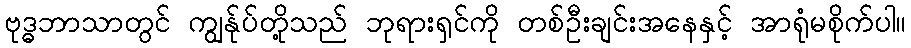
ဗုဒ္ဓဘာသာတွင် ကျွန်ုပ်တို့သည် ဘုရားရှင်ကို တစ်ဦးချင်းအနေနှင့် အာရုံမစိုက်ပါ။